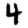
Digit: 4